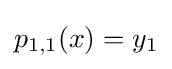
p_{1,1}(x)=y_{1}